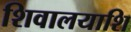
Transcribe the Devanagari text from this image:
शिवालयाशि